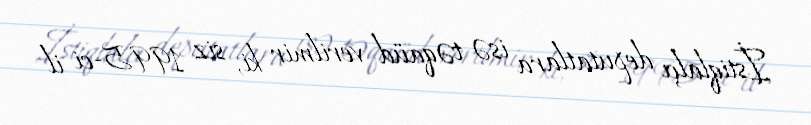
İstiqlalçı deputatlara isə təqaüd verilmir ki, siz 1995-ci il